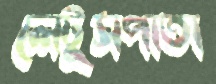
লেটুসপাতা